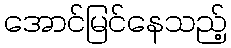
အောင်မြင်နေသည့်